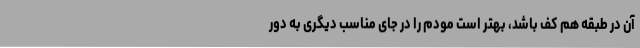
آن در طبقه هم کف باشد، بهتر است مودم را در جای مناسب دیگری به دور